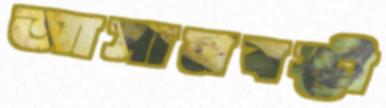
আসামবস্তী